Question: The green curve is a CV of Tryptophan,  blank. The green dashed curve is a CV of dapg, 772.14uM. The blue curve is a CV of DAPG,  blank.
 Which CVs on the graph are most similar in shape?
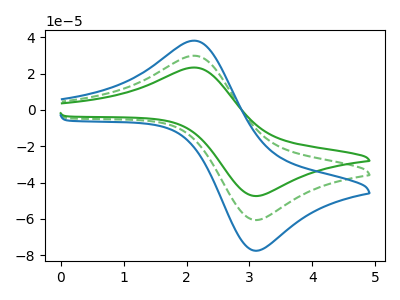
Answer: <think>The green curve "Tryptophan,  blank" has an anodic peak at (2.15V, 23.30uA) and a cathodic peak at (3.05V, -47.30uA). The green dashed curve "dapg, 772.14uM" has an anodic peak at (2.15V, 29.80uA) and a cathodic peak at (3.05V, -60.45uA). The blue curve "DAPG,  blank" has an anodic peak at (2.15V, 59.60uA) and a cathodic peak at (3.05V, -120.95uA).
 All the peaks in "Tryptophan,  blank" have a peak in "dapg, 772.14uM" at the same potential. Every peak in "Tryptophan,  blank" is lower than every peak in "dapg, 772.14uM". All the peaks in "Tryptophan,  blank" have a peak in "DAPG,  blank" at the same potential. Every peak in "Tryptophan,  blank" is lower than every peak in "DAPG,  blank". All the peaks in "dapg, 772.14uM" have a peak in "DAPG,  blank" at the same potential. Every peak in "dapg, 772.14uM" is lower than every peak in "DAPG,  blank".</think>
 <answer>"Tryptophan,  blank", "dapg, 772.14uM" and "DAPG,  blank" have the same shape and are likely CV's of the same chemical.</answer>
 <eval>"Tryptophan,  blank" "dapg, 772.14uM" "DAPG,  blank"</eval>